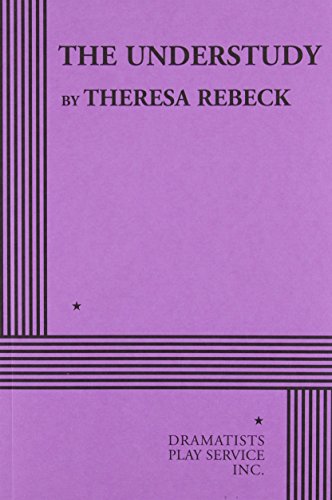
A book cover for The Understudy - Acting Edition; Theresa Rebeck; Literature & Fiction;